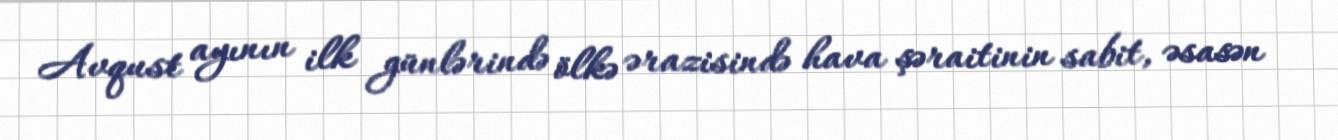
Avqust ayının ilk günlərində ölkə ərazisində hava şəraitinin sabit, əsasən